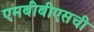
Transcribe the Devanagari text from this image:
एमबीबीएसची